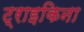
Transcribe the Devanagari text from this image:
ट्राइकिना